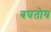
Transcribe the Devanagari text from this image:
बघतोय